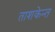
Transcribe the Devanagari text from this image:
ताशकेन्त